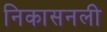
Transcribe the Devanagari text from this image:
निकासनली